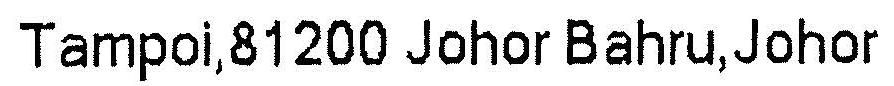
TAMPOI,81200 JOHOR BAHRU,JOHOR